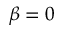
\beta = 0